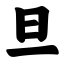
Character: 旦